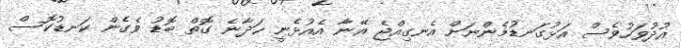
އުދުވަހުވެސް އަޅުގަނޑުމެންނަށް އެނގިއްޖެ އޭނާ އެއުޅެނީ ހަދާނެ ގޮތް ބޮޑު ވެގެން ކަނޑުކޮސް